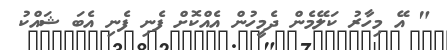
" އޭ މިހާރު ކަލޭމެން ދެމީހުން އެއްކޮށް ފެނި ފެނި އެބަ ޝައްކު